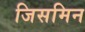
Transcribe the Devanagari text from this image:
जिसमिन